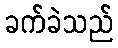
ခက်ခဲသည်